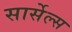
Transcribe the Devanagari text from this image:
सार्सेल्स